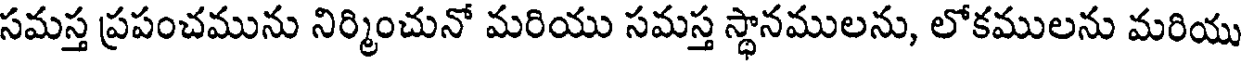
సమస్త ప్రపంచమును నిర్మించునో మరియు సమస్త స్థానములను, లోకములను మరియు